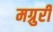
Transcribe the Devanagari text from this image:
मग्रुरी